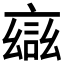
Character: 𮘎